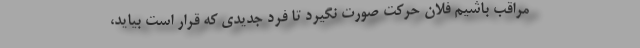
مراقب باشیم فلان حرکت صورت نگیرد تا فرد جدیدی که قرار است بیاید،